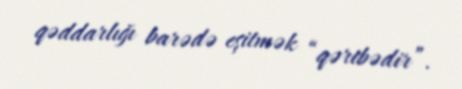
qəddarlığı barədə eşitmək “qəribədir”.